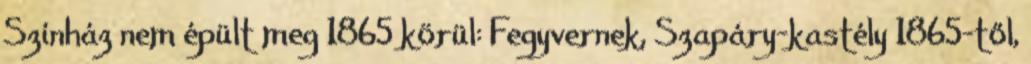
Színház nem épült meg 1865 körül: Fegyvernek, Szapáry-kastély 1865-től,